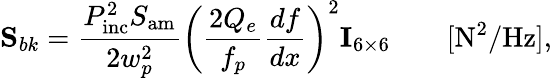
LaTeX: {\mathbf S}_{bk}=\frac{P_{\mathrm{inc}}^{2}S_{\mathrm{am}}}{2w_{p}^{2}}\left(\frac{2Q_{e}}{f_{p}}\frac{df}{dx}\right)^{2}{\mathbf I}_{6\times 6}\qquad[\mathrm{N^{2}/Hz}],